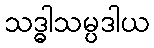
သဒ္ဓါသမ္ပဒါယ